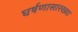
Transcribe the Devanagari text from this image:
घर्षणासारख्या